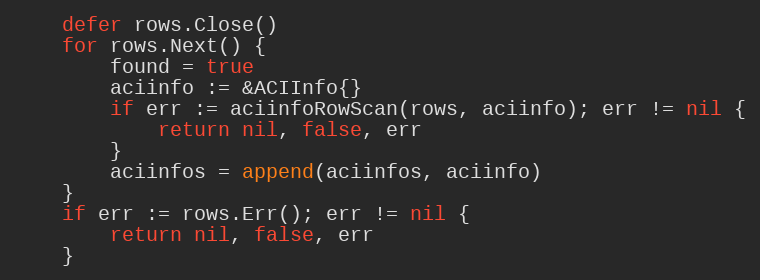
Language: Go
	defer rows.Close()
	for rows.Next() {
		found = true
		aciinfo := &ACIInfo{}
		if err := aciinfoRowScan(rows, aciinfo); err != nil {
			return nil, false, err
		}
		aciinfos = append(aciinfos, aciinfo)
	}
	if err := rows.Err(); err != nil {
		return nil, false, err
	}